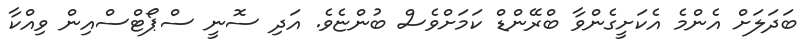
ބަދަލަށް އެންމެ އެކަށީގެންވާ ބްރޭންޑް ކަމަށްވެސް ބުންޏެވެ. އަދި ސޮނީ ސްޕޯޓްސްއިން ވިއްކާ